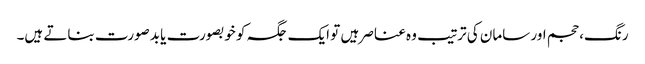
رنگ، حجم اور سامان کی ترتیب وہ عناصر ہیں تو ایک جگہ کو خوبصورت یا بدصورت بناتے ہیں۔